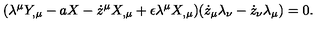
( \lambda ^ { \mu } Y _ { , \mu } - a X - \dot { z } ^ { \mu } X _ { , \mu } + \epsilon \lambda ^ { \mu } X _ { , \mu } ) ( \dot { z } _ { \mu } \lambda _ { \nu } - \dot { z } _ { \nu } \lambda _ { \mu } ) = 0 .